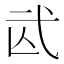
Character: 𢎁